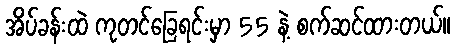
အိပ်ခန်းထဲ ကုတင်ခြေရင်းမှာ 55 နဲ့ စက်ဆင်ထားတယ်။